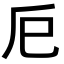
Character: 𢀴